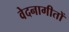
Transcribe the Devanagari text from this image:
वेदनागीतों